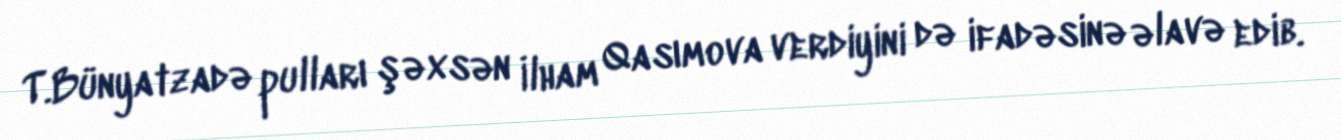
T.Bünyatzadə pulları şəxsən İlham Qasımova verdiyini də ifadəsinə əlavə edib.